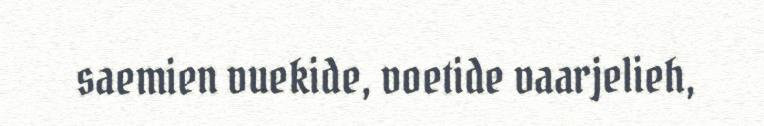
saemien vuekide, voetide vaarjelieh,